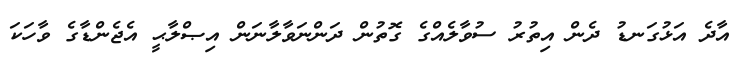
އާދެ އަޅުގަނޑު ދެން އިތުރު ސުވާލެއްގެ ގޮތުން ދަންނަވާލާނަން އިޞްލާޙީ އެޖެންޑާގެ ވާހަކަ